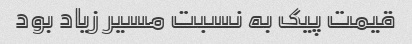
قیمت پیک به نسبت مسیر زیاد بود